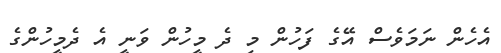
އެހެން ނަމަވެސް އޭގެ ފަހުން މި ދެ މީހުން ވަނީ އެ ދެމީހުންގެ